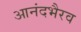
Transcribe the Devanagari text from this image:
आनंदभैरव